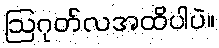
ဩဂုတ်လအထိပါပဲ။